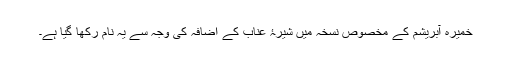
خمیرہ آبریشم کے مخصوص نسخہ میں شیرۂ عناب کے اضافہ کی وجہ سے یہ نام رکھا گیا ہے۔